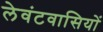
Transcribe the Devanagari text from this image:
लेवंटवासियों